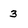
Character: 3